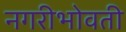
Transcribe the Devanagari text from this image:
नगरीभोवती